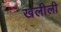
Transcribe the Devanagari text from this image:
खलीली